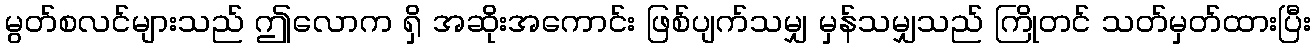
မွတ်စလင်များသည် ဤလောက ရှိ အဆိုးအကောင်း ဖြစ်ပျက်သမျှ မှန်သမျှသည် ကြိုတင် သတ်မှတ်ထားပြီး